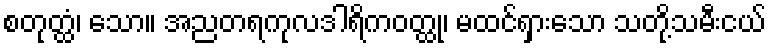
စတုတ္ထံ၊ သော။ အညတရကုလဒါရိကဝတ္ထု၊ မထင်ရှားသော သတို့သမီးငယ်